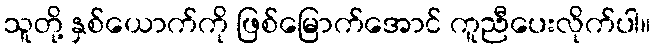
သူတို့ နှစ်ယောက်ကို ဖြစ်မြောက်အောင် ကူညီပေးလိုက်ပါ။